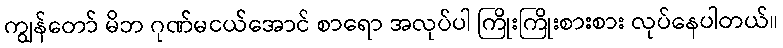
ကျွန်တော် မိဘ ဂုဏ်မငယ်အောင် စာရော အလုပ်ပါ ကြိုးကြိုးစားစား လုပ်နေပါတယ်။